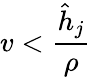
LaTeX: v<\frac{\hat{h}_{j}}{\rho}